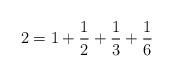
LaTeX: \begin{align*}2 = 1 + \frac{1}{2} + \frac{1}{3} + \frac{1}{6}\end{align*}